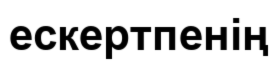
ескертпенің